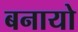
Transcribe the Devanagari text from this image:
बनायो